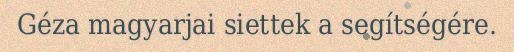
Géza magyarjai siettek a segítségére.